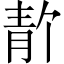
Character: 𫕸